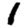
Digit: 1